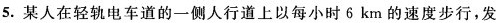
5.某人在轻轨电车道的一侧人行道上以每小时6km的速度步行，发